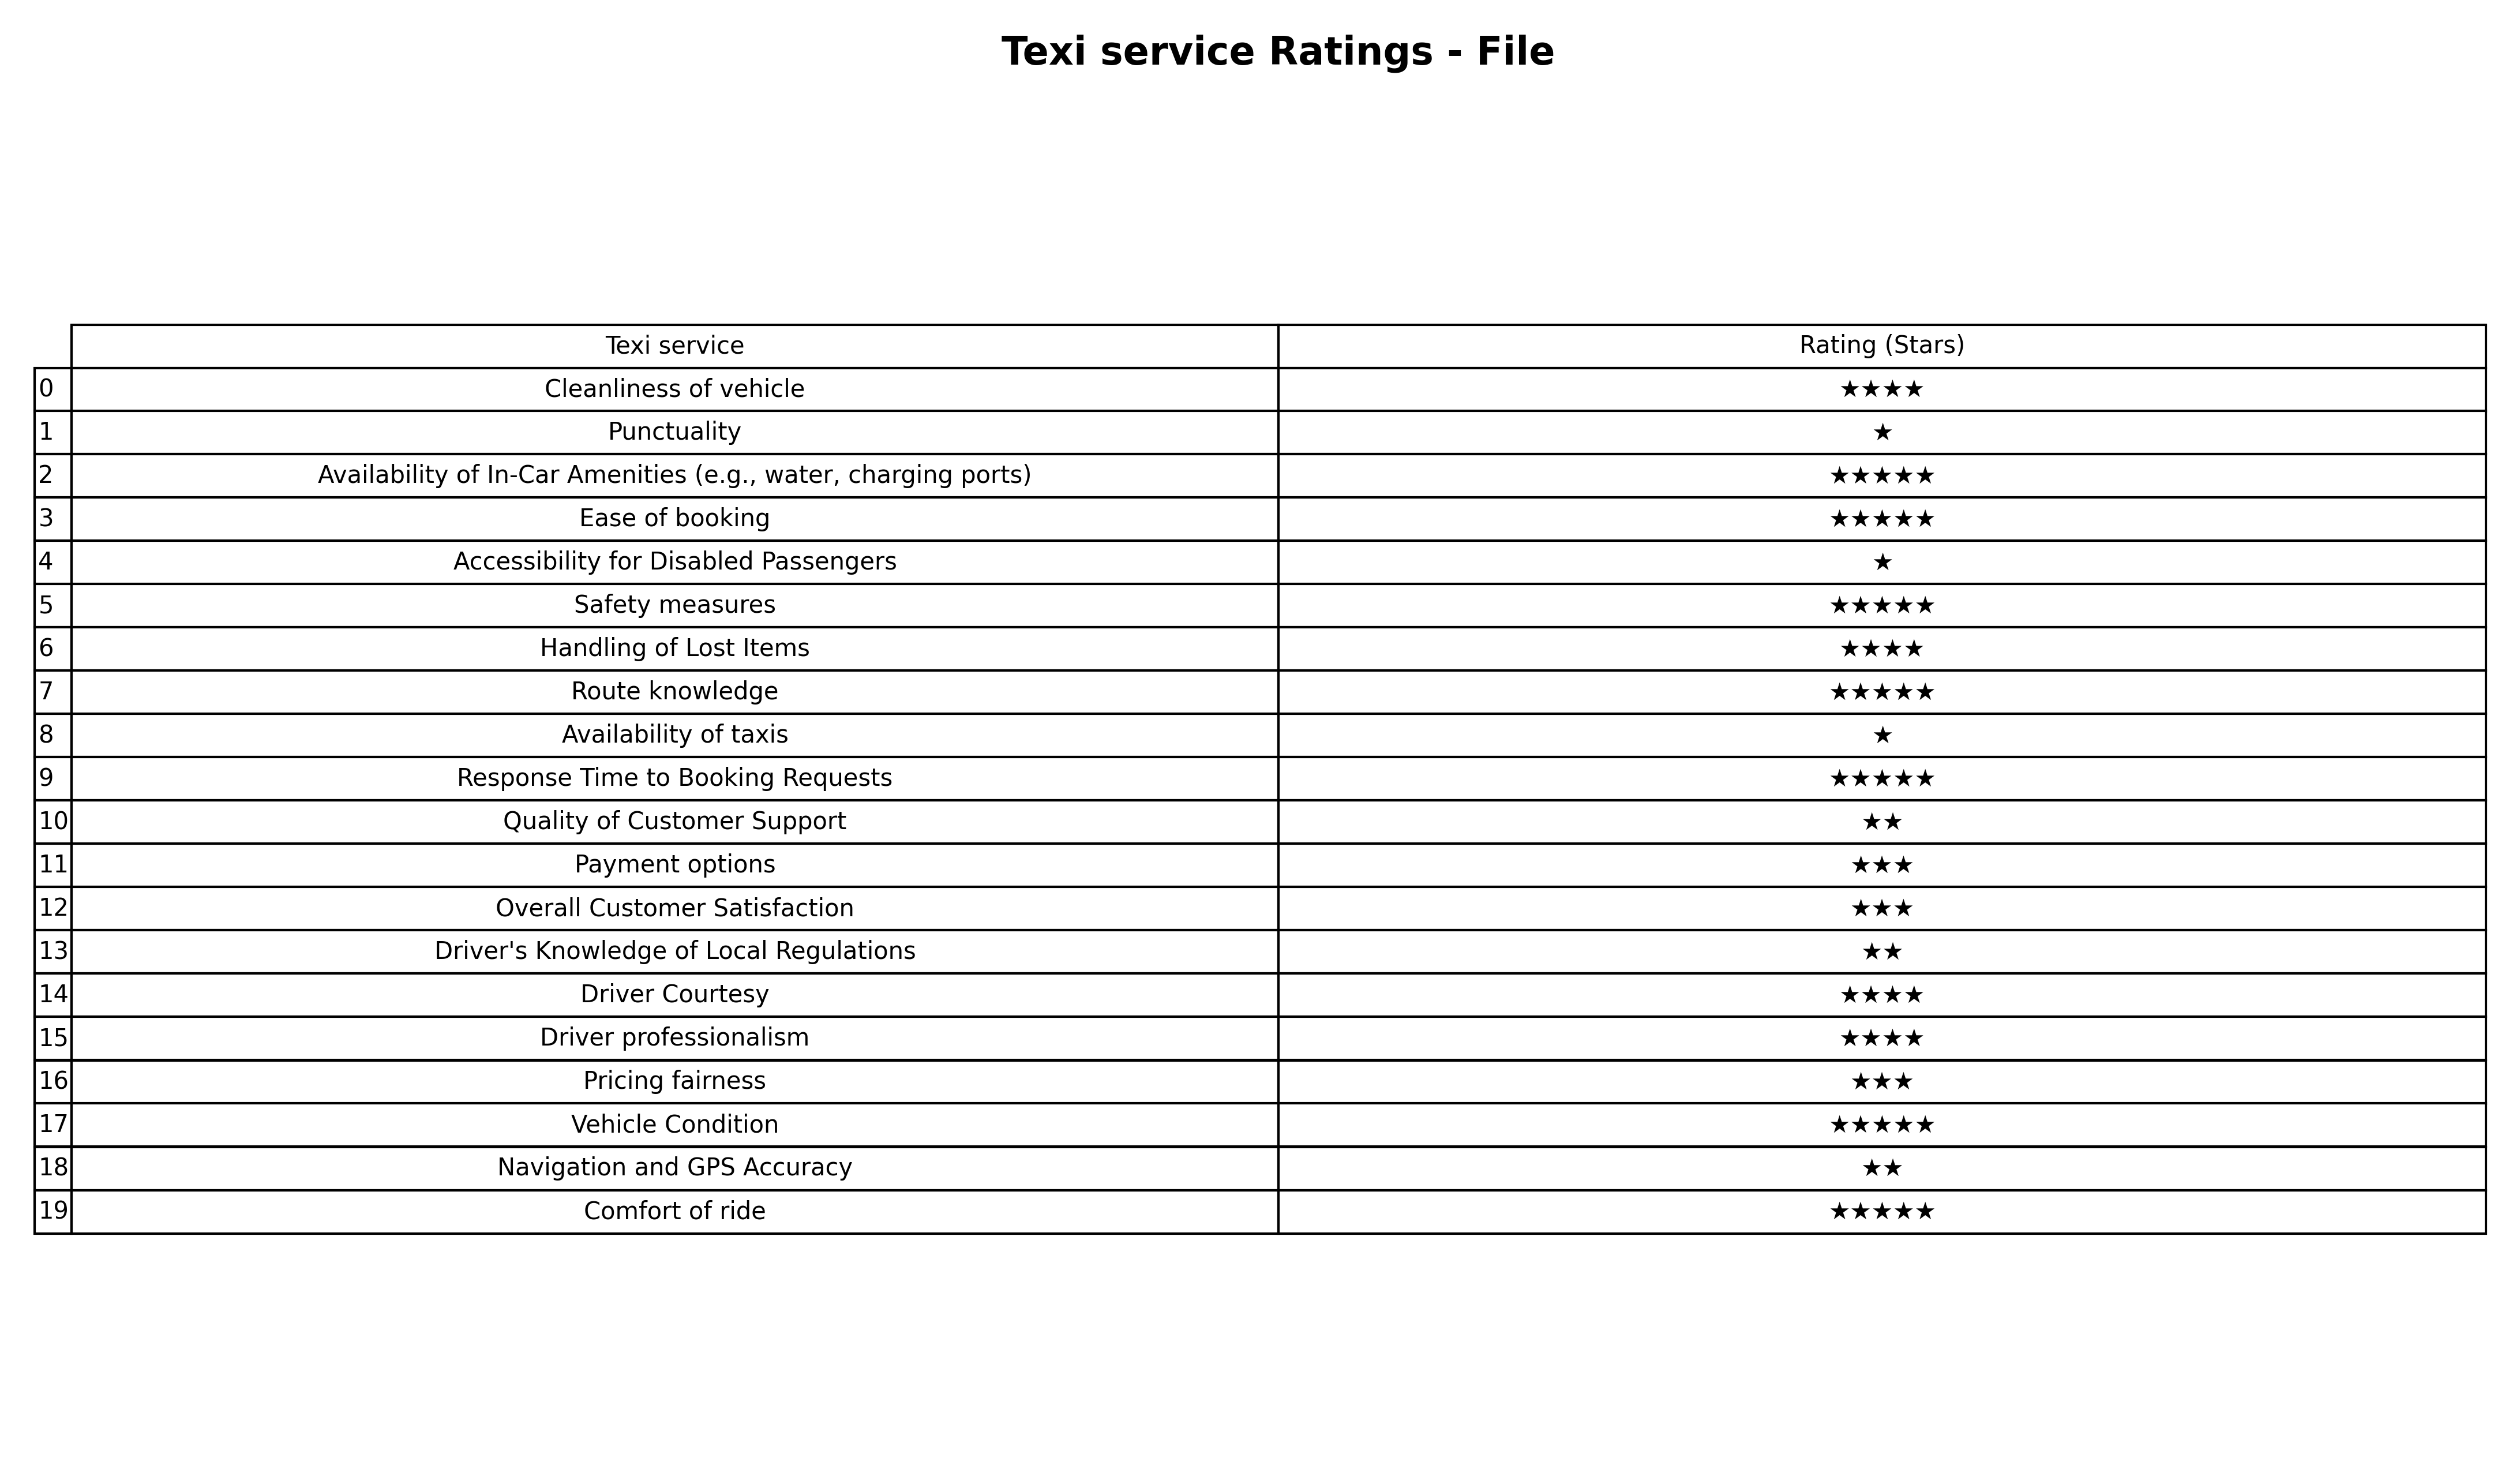
question: What is the rating of Vehicle Condition?
answer: ★★★★★